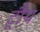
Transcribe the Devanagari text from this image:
ट्रौय